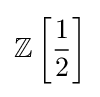
\mathbb {Z} \left[{\frac {1}{2}}\right]